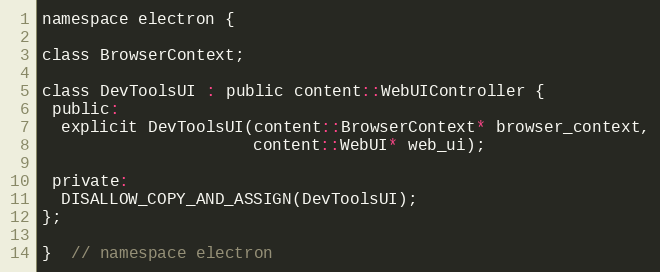
Language: C
namespace electron {

class BrowserContext;

class DevToolsUI : public content::WebUIController {
 public:
  explicit DevToolsUI(content::BrowserContext* browser_context,
                      content::WebUI* web_ui);

 private:
  DISALLOW_COPY_AND_ASSIGN(DevToolsUI);
};

}  // namespace electron